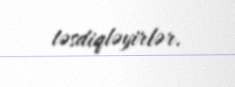
təsdiqləyirlər.